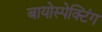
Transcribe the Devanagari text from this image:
बायोस्पेक्‍टिंग